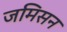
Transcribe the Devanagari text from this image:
जमिसन